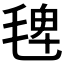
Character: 𣮐